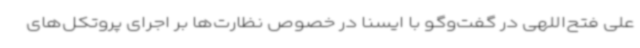
علی فتح‌اللهی در گفت‌وگو با ایسنا در خصوص نظارت‌ها بر اجرای پروتکل‌های